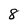
Character: 8